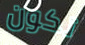
تكون